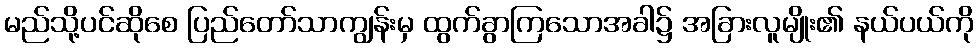
မည်သို့ပင်ဆိုစေ ပြည်တော်သာကျွန်းမှ ထွက်ခွာကြသောအခါ၌ အခြားလူမျိုး၏ နယ်ပယ်ကို